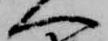
へ